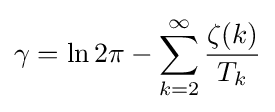
\gamma =\ln 2\pi -\sum _{k=2}^{\infty }{\frac {\zeta (k)}{T_{k}}}